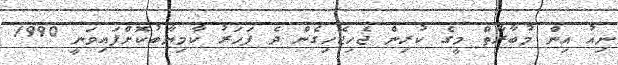
ނިއު އިން މުބާރާތް މީގެ ކުރިން ޖެހިޖެހިގެން ދެ ފަހަރު ކާމިޔާބުކޮށްފައިވަނީ 1990